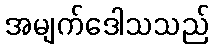
အမျက်ဒေါသသည်